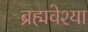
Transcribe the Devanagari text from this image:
ब्रह्मवेश्या